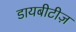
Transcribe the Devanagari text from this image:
डायबीटीज़